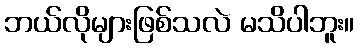
ဘယ်လိုများဖြစ်သလဲ မသိပါဘူး။